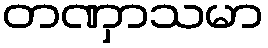
တဏှာသမာ